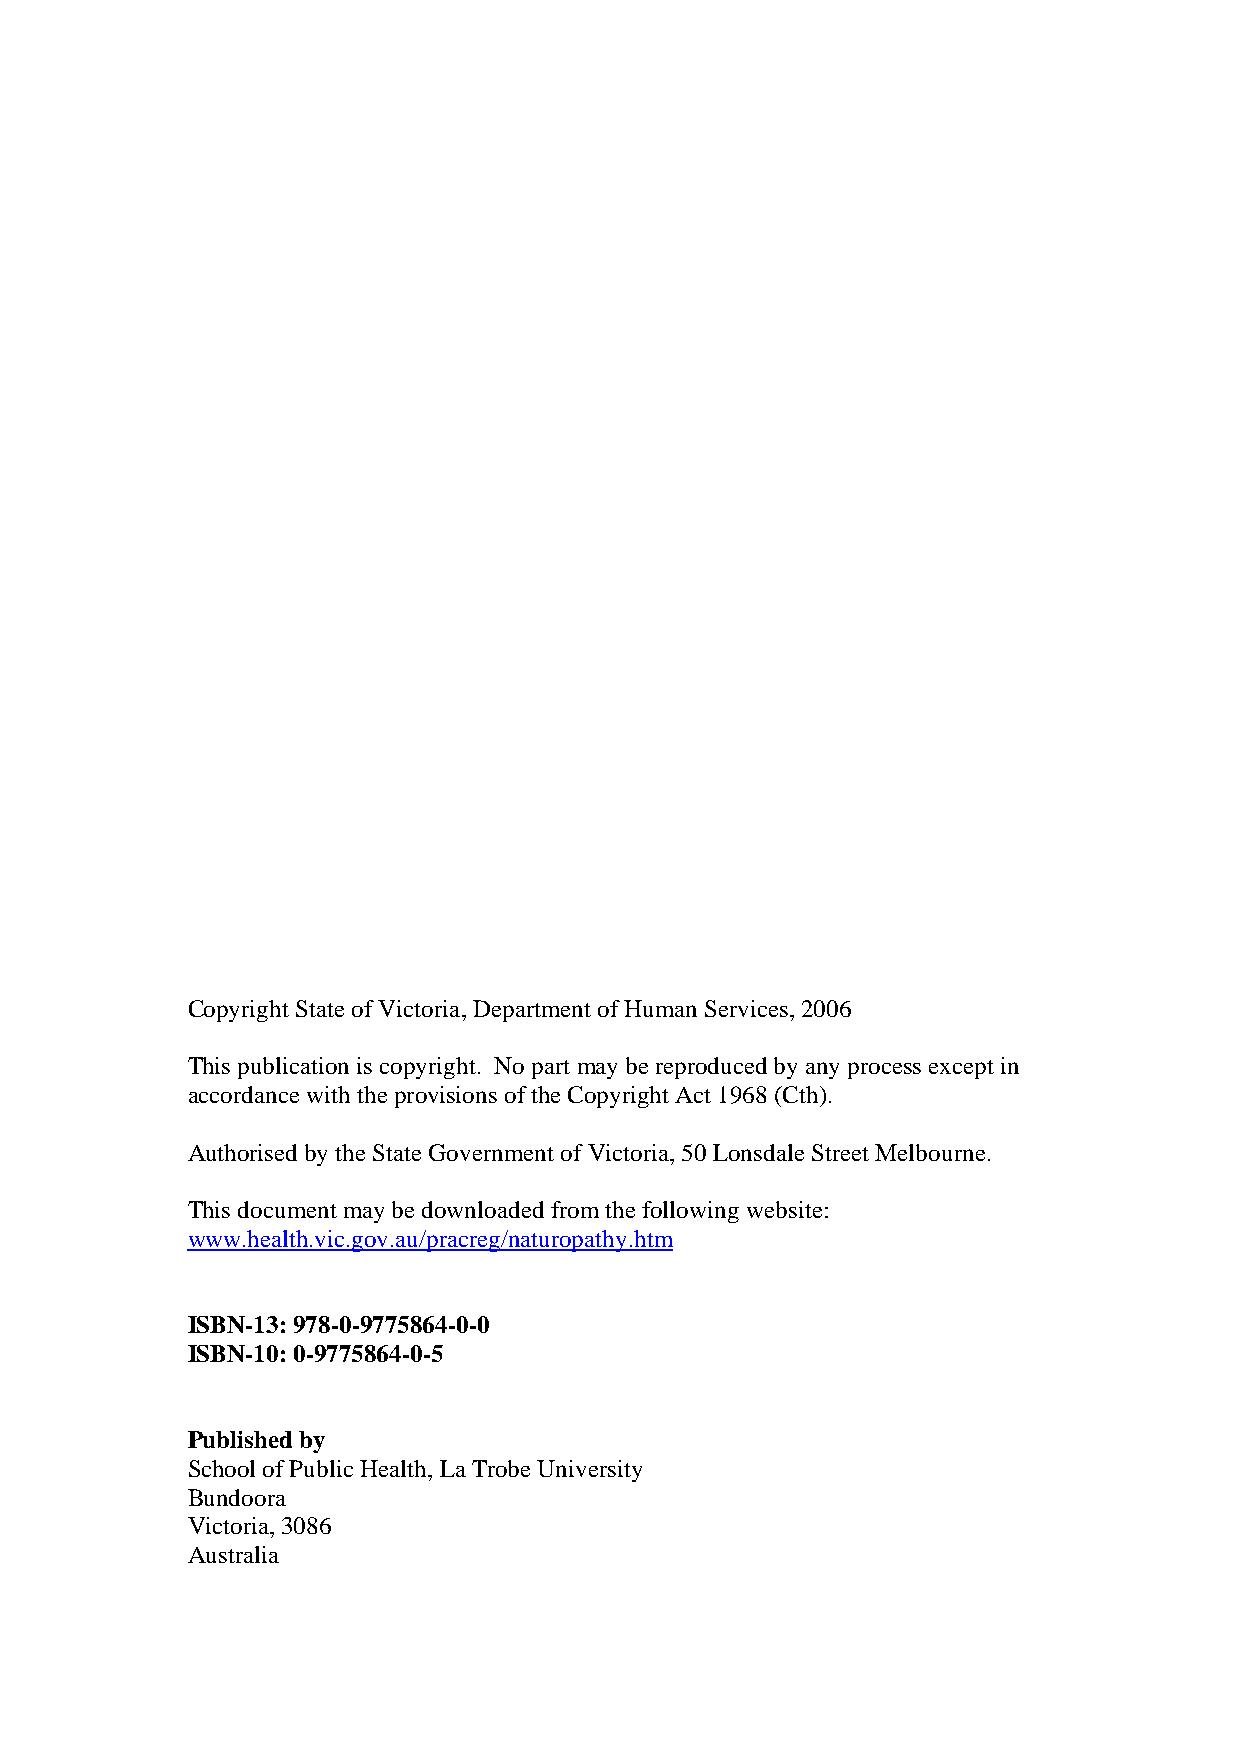
Copyright State of Victoria, Department of Human Services, 2006
 This publication is copyright. No part may be reproduced by any process except in
 accordance with the provisions of the Copyright Act 1968 (Cth).
 Authorised by the State Government of Victoria, 50 Lonsdale Street Melbourne.
 This document may be downloaded from the following website:
 www.health.vic.gov.au/pracreg/naturopathy.htm
 ISBN-13: 978-0-9775864-0-0
 ISBN-10: 0-9775864-0-5
 Published by
 School of Public Health, La Trobe University
 Bundoora
 Victoria, 3086
 Australia